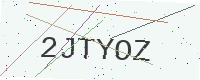
Text: 2JTYOZ